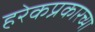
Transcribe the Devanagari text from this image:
हरेकप्रकारच्या